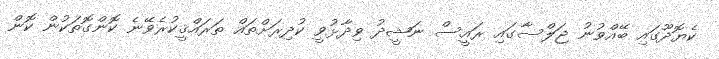
ކެޔޮދޫގައި ބޭއްވުނު ޖަލްސާގައި ރައީސް ނަޝީދު ވިދާޅުވީ ކުދިރަށްތައް ތަރައްޤީކުރެވޭނެ ކޮންގޮތަކުން ކޮން